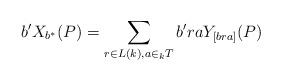
LaTeX: \begin{align*} b'X_{b^{\ast}}(P)=\displaystyle \sum_{r \in L(k), a \in _{k}T} b'raY_{[bra]}(P)\end{align*}